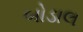
બોડાલ